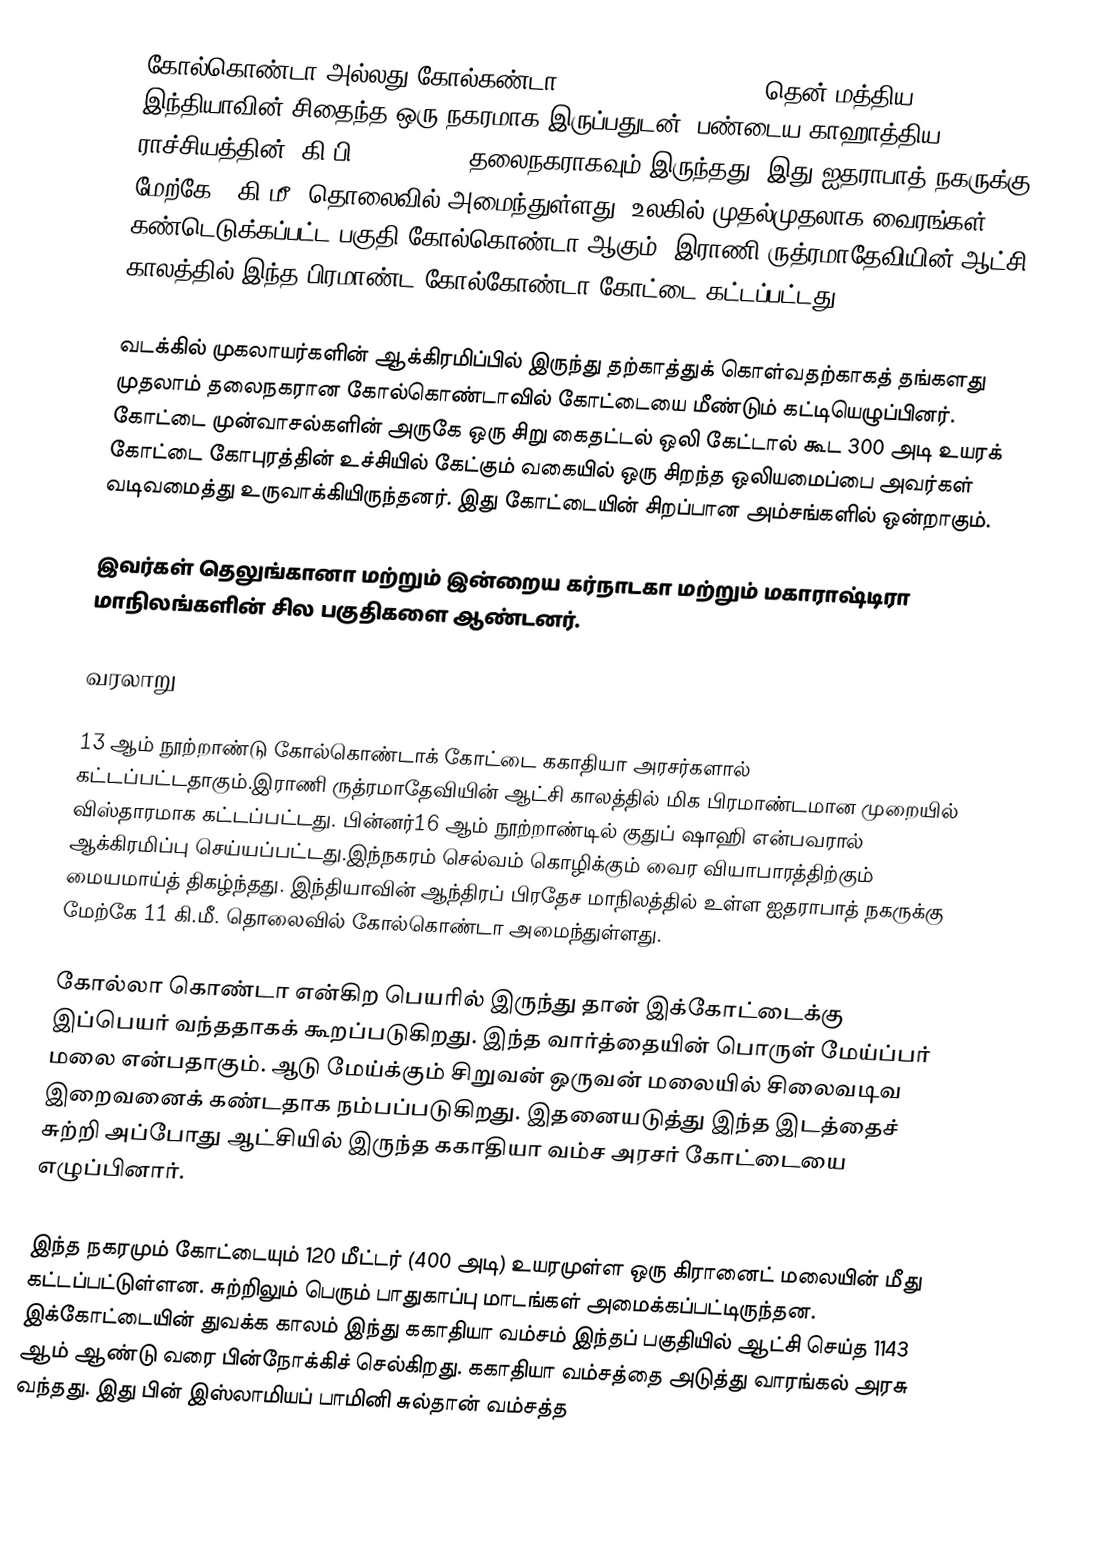
கோல்கொண்டா அல்லது கோல்கண்டா (Golconda, Golkonda), தென் மத்திய இந்தியாவின் சிதைந்த ஒரு நகரமாக இருப்பதுடன், பண்டைய காஹாத்திய  ராச்சியத்தின் (கி.பி. 1364–1512) தலைநகராகவும் இருந்தது. இது ஐதராபாத் நகருக்கு மேற்கே 11கி.மீ. தொலைவில் அமைந்துள்ளது. உலகில் முதல்முதலாக வைரங்கள் கண்டெடுக்கப்பட்ட பகுதி கோல்கொண்டா ஆகும். இராணி ருத்ரமாதேவியின் ஆட்சி காலத்தில் இந்த பிரமாண்ட கோல்கோண்டா கோட்டை கட்டப்பட்டது.

வடக்கில் முகலாயர்களின் ஆக்கிரமிப்பில் இருந்து தற்காத்துக் கொள்வதற்காகத் தங்களது முதலாம் தலைநகரான கோல்கொண்டாவில்  கோட்டையை மீண்டும் கட்டியெழுப்பினர். கோட்டை முன்வாசல்களின் அருகே ஒரு சிறு கைதட்டல் ஒலி கேட்டால் கூட 300 அடி உயரக் கோட்டை கோபுரத்தின் உச்சியில் கேட்கும் வகையில் ஒரு சிறந்த ஒலியமைப்பை அவர்கள் வடிவமைத்து உருவாக்கியிருந்தனர். இது கோட்டையின் சிறப்பான அம்சங்களில் ஒன்றாகும்.

இவர்கள் தெலுங்கானா மற்றும் இன்றைய கர்நாடகா மற்றும் மகாராஷ்டிரா மாநிலங்களின் சில பகுதிகளை ஆண்டனர்.

வரலாறு

13 ஆம் நூற்றாண்டு கோல்கொண்டாக் கோட்டை ககாதியா அரசர்களால் கட்டப்பட்டதாகும்.இராணி ருத்ரமாதேவியின் ஆட்சி காலத்தில் மிக பிரமாண்டமான முறையில் விஸ்தாரமாக கட்டப்பட்டது. பின்னர்16 ஆம் நூற்றாண்டில் குதுப் ஷாஹி என்பவரால் ஆக்கிரமிப்பு செய்யப்பட்டது.இந்நகரம் செல்வம் கொழிக்கும் வைர வியாபாரத்திற்கும் மையமாய்த் திகழ்ந்தது. இந்தியாவின் ஆந்திரப் பிரதேச மாநிலத்தில் உள்ள ஐதராபாத் நகருக்கு மேற்கே 11 கி.மீ. தொலைவில் கோல்கொண்டா அமைந்துள்ளது.

கோல்லா கொண்டா என்கிற  பெயரில் இருந்து தான் இக்கோட்டைக்கு இப்பெயர் வந்ததாகக் கூறப்படுகிறது. இந்த வார்த்தையின் பொருள் மேய்ப்பர் மலை என்பதாகும். ஆடு மேய்க்கும் சிறுவன் ஒருவன் மலையில் சிலைவடிவ இறைவனைக் கண்டதாக நம்பப்படுகிறது. இதனையடுத்து இந்த இடத்தைச் சுற்றி அப்போது ஆட்சியில் இருந்த ககாதியா வம்ச அரசர்  கோட்டையை எழுப்பினார்.

இந்த நகரமும் கோட்டையும் 120 மீட்டர் (400 அடி) உயரமுள்ள ஒரு கிரானைட் மலையின் மீது கட்டப்பட்டுள்ளன. சுற்றிலும் பெரும் பாதுகாப்பு மாடங்கள் அமைக்கப்பட்டிருந்தன. இக்கோட்டையின் துவக்க காலம் இந்து ககாதியா வம்சம் இந்தப் பகுதியில் ஆட்சி செய்த 1143 ஆம் ஆண்டு வரை பின்நோக்கிச் செல்கிறது. ககாதியா வம்சத்தை அடுத்து வாரங்கல் அரசு வந்தது. இது பின் இஸ்லாமியப் பாமினி சுல்தான் வம்சத்த